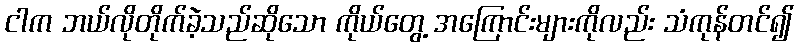
ငါက ဘယ်လိုတိုက်ခဲ့သည်ဆိုသော ကိုယ်တွေ့ အကြောင်းများကိုလည်း သံကုန်တင်၍